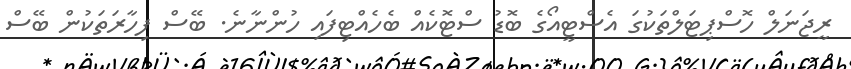
ރީޖަނަލް ހޮސްޕިޓަލްތަކުގަ އެސްޓީއޯގެ ބޮޑު ސްޓޮކެއް ބެހެއްޓިފައި ހުންނާނެ. ބޭސް ފިހާރަތަކުން ބޭސް